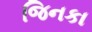
જિનકા